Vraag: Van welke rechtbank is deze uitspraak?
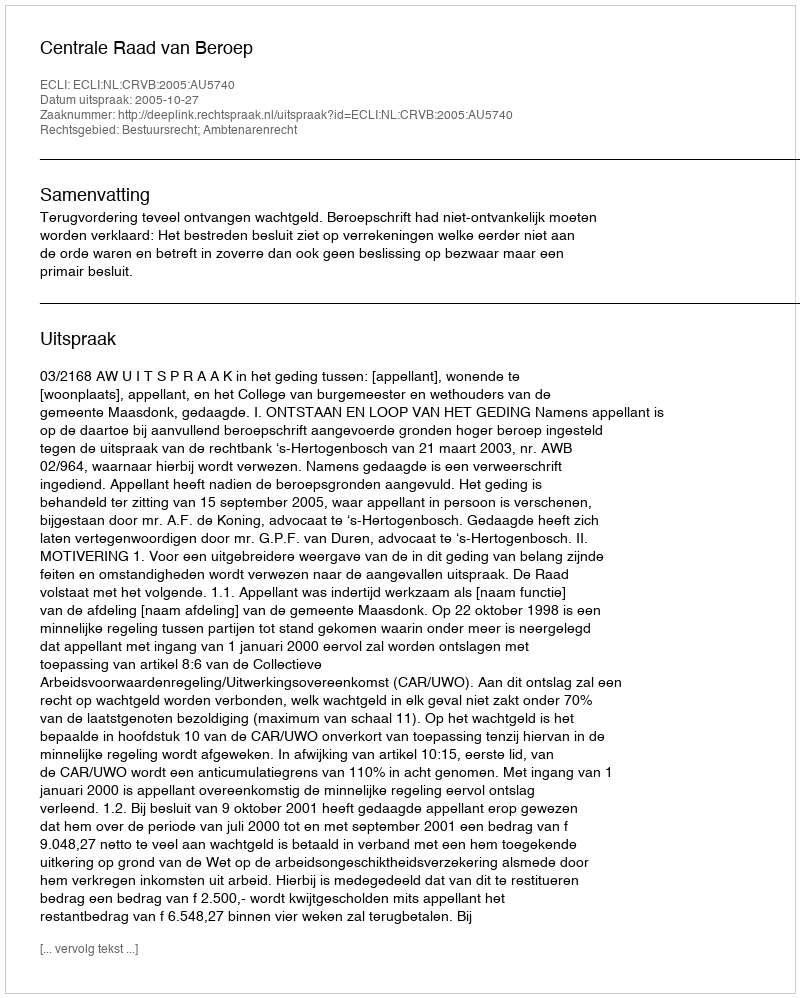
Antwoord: Centrale Raad van Beroep